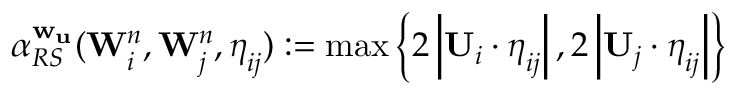
\alpha _ { R S } ^ { \mathbf { w } _ { \mathbf { u } } } ( \mathbf { W } _ { i } ^ { n } , \mathbf { W } _ { j } ^ { n } , \boldsymbol { \eta } _ { i j } ) : = \operatorname* { m a x } \left\lbrace 2 \left| \mathbf { U } _ { i } \cdot { \boldsymbol { \eta } _ { i j } } \right| , 2 \left| \mathbf { U } _ { j } \cdot { \boldsymbol { \eta } _ { i j } } \right| \right\rbrace